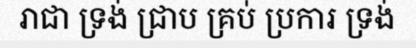
រាជា ទ្រង់ ជ្រាប គ្រប់ ប្រការ ទ្រង់